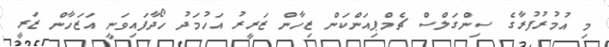
މި އުމުރުފުރާގެ ސިންގަލްސް ޗެމްޕިއަންކަން ޒިހާން ޒަރީރު އަހުމަދު ހޯދާފައިވަނީ އަޒަހާން ޒަރީ